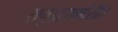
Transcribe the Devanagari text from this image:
समुद्रासमोरील